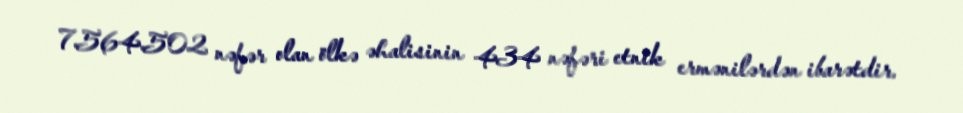
7.564.502 nəfər olan ölkə əhalisinin 434 nəfəri etnik ermənilərdən ibarətdir.